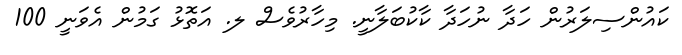
ކައުންސިލަރުން ހަދާ ނުހަދާ ކާކުބަލާނީ. މިހާރުވެސް ލ. އަތޮޅު ގަމުން އެވަނީ 100